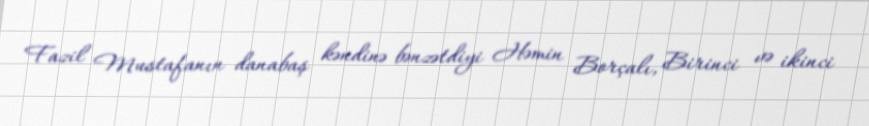
Fazil Mustafanın danabaş kəndinə bənzətdiyi Həmin Borçalı, Birinci və ikinci